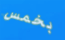
بخمس